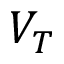
V _ { T }